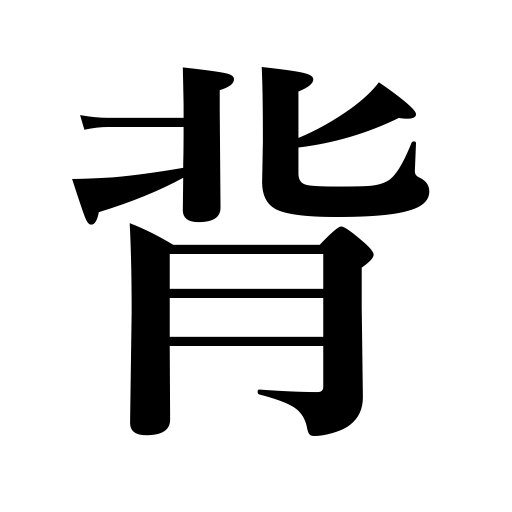
Meanings: stature,go back on,defy,back side,ridge,back,behind,avert,turn one's back on,act contrary to,rebel against,disobey,look away from,height